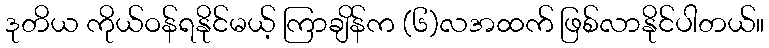
ဒုတိယ ကိုယ်ဝန်ရနိုင်မယ့် ကြာချိန်က (၆)လအထက် ဖြစ်လာနိုင်ပါတယ်။